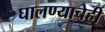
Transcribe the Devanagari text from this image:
घालण्‍याचेही